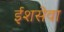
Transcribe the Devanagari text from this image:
ईशसेवा